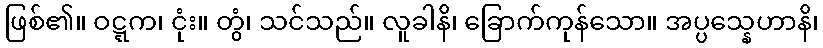
ဖြစ်၏။ ဝဋ္ဋက၊ ငုံး။ တွံ၊ သင်သည်။ လူခါနိ၊ ခြောက်ကုန်သော။ အပ္ပသ္နေဟာနိ၊